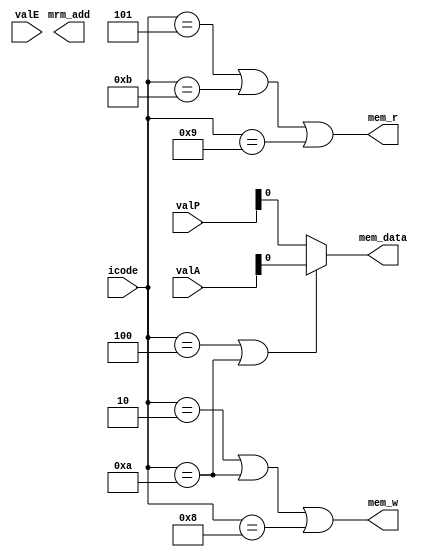
module memory(mem_r,mem_w,mrm_add,mem_data,icode,valE,valA,valP);

input [3:0] icode;
input [63:0] valA;
input [63:0] valE;
input [63:0] valP;
output mem_r;
output mem_w;
output mrm_add;
output mem_data;

parameter IHALT = 4'h0;
parameter INOP = 4'h1;
parameter IRRMOVQ = 4'h2;
parameter IIRMOVQ = 4'h3;
parameter IRMMOVQ = 4'h4;
parameter IMRMOVQ = 4'h5;
parameter IOPQ = 4'h6;
parameter IJXX = 4'h7;
parameter ICALL = 4'h8;
parameter IRET = 4'h9;
parameter IPUSHQ = 4'hA;
parameter IPOPQ = 4'hB;

wire mem_r,mem_w; 

assign mem_w = (icode == IRRMOVQ | icode == IPUSHQ | icode == ICALL);
assign mem_r = (icode == IMRMOVQ | icode == IPOPQ | icode == IRET);


assign mem_addr = icode == IRMMOVQ ? valE : icode == IPUSHQ ? valE  : icode == ICALL ? valE : icode == IMRMOVQ ? valE : valA;
assign mem_data=(icode==IRMMOVQ||icode==IPUSHQ) ? valA : valP;

endmodule

module memory_i(valM,dmem_error,mem_r,mem_w,mem_add,mem_data);

input mem_r,mem_w;
input [63:0] mem_add;
input [63:0] mem_data;

output dmem_error;
output [63:0] valM; 

reg [63:0] mem [4095:0];
reg [63:0] m_valM;

always @(*) begin
      if(mem_add<=64'h0FFF&&mem_add>=64'h0) begin
        if(mem_r ^ mem_w) 
        begin
        
        if(mem_w == 1'b1) 
        begin
        mem[mem_add] = mem_data;
        end

        if ( mem_r == 1'b1 ) begin 
                 m_valM [63:56] = mem[mem_add];
                 m_valM [55:48] = mem[mem_add+1];
                 m_valM [47:40] = mem[mem_add+2];
                 m_valM [39:32] = mem[mem_add+3];
                 m_valM [33:24] = mem[mem_add+4];
                 m_valM [23:16] = mem[mem_add+5];
                 m_valM [15:8 ] = mem[mem_add+6];
                 m_valM [ 7:0 ] = mem[mem_add+7];
            end 

        end 
     end  
end
assign valM = m_valM;

endmodule